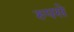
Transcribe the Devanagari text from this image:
रुपसे